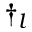
\dagger _ { l }